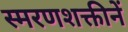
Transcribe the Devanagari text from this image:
स्मरणशक्तीनें